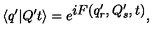
\langle q ^ { \prime } | Q ^ { \prime } t \rangle = e ^ { \textstyle { i F ( q _ { r } ^ { \prime } , Q _ { s } ^ { \prime } , t ) } } ,